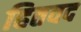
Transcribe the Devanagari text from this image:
हितवद